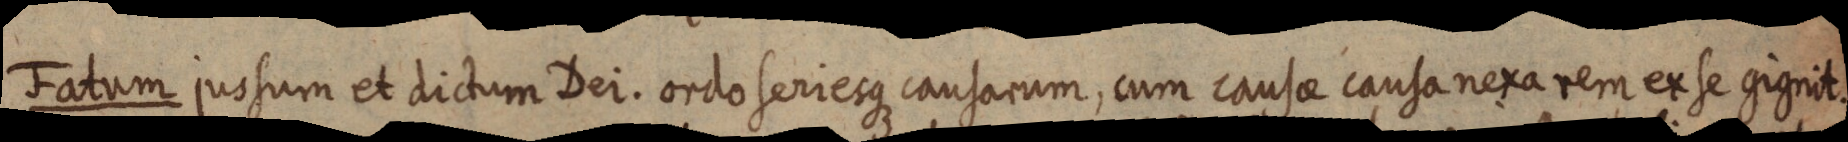
Fatum jussum et dictum Dei. ordo seriesque causarum, cum cause causa nexa rem ex se gignit.